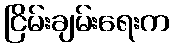
ငြိမ်းချမ်းရေးက